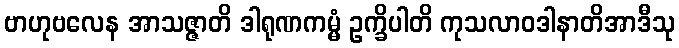
ဗာဟုဗလေန အာသဇ္ဇာတိ ဒါရုဏကမ္မံ ဥက္ခိပါတိ ကုသလာဝဒါနာတိအာဒီသု